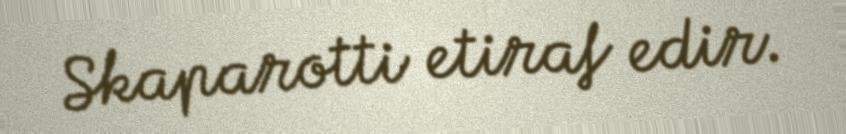
Skaparotti etiraf edir.